Lunatic asylums Madras 1877-1891 - 1877-1891
Year: 1877
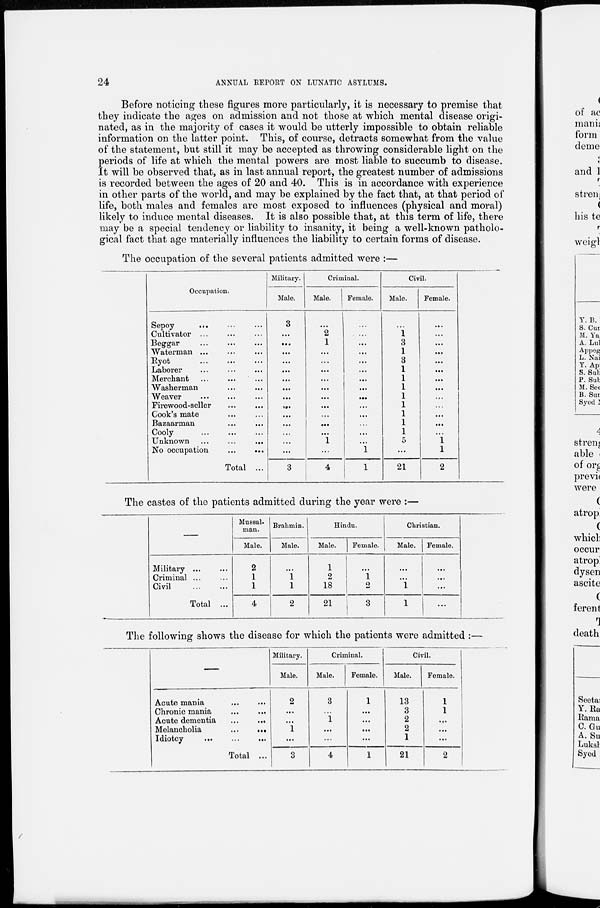
24
ANNUAL REPORT ON LUNATIC ASYLUMS.
Before noticing these figures more particularly, it is necessary to premise that
they indicate the ages on admission and not those at which mental disease origi-
nated, as in the majority of cases it would be utterly impossible to obtain reliable
information on the latter point. This, of course, detracts somewhat from the value
of the statement, but still it may be accepted as throwing considerable light on the
periods of life at which the mental powers are most liable to succumb to disease.
It will be observed that, as in last annual report, the greatest number of admissions
is recorded between the ages of 20 and 40. This is in accordance with experience
in other parts of the world, and may be explained by the fact that, at that period of
life, both males and females are most exposed to influences (physical and moral)
likely to induce mental diseases. It is also possible that, at this term of life, there
may be a special tendency or liability to insanity, it being a well-known patholo-
gical fact that age materially influences the liability to certain forms of disease.
The occupation of the several patients admitted were :—
Occupation.
Sepoy ... ... ...
Cultivator ... ... ...
Beggar ... ... ...
Waterman ... ... ...
Ryot ... ... ... ...
Laborer ... ... ... ...
Merchant ... ... ...
Washerman ... ...
Weaver ... ... ...
Firewood-seller ... ...
Cook's mate ... ... ...
Bazaarman ... ...
Cooly ... ...
Unknown ...
...
...
No occupation ... ...
Total ...
Military.
Male.
3
...
...
...
...
...
...
...
...
...
...
...
...
...
...
3
Criminal.
Male.
...
2
1
...
...
...
...
...
...
...
...
...
...
1
...
4
Female.
...
...
...
...
...
...
...
...
...
...
...
...
...
...
l
l
Civil.
Male.
...
1
3
1 3
1
1
1
1
1
1
1
1
5
...
21
Female.
...
...
...
...
...
...
...
...
...
...
...
...
...
1
1
2
The castes of the patients admitted during the year were :—
Military ... ...
Criminal ... ...
Civil
...
...
Total ...
Mussal-
man.
Male.
2
1
1
4
Brahmin.
Male.
...
1
1
2
Hindu.
Male.
1
2
18
21
Female.
...
1
2
3
Christian.
Male.
...
...
1
1
Female.
...
...
...
...
The following shows the disease for which the patients were admitted :—
Acute mania
Chronic mania
Acute dementia
Melancholia
Idiotcy
... ...
...
...
...
...
... ...
...
...
Total ...
Military.
Male.
2
...
...
1
...
3
Criminal.
Male.
3
...
1
...
...
4
Female.
1
...
...
...
...
1
Civil.
Male.
13
3
2
2
1
21
Female.
1
1
...
...
...
2